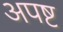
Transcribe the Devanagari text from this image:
अपष्ट